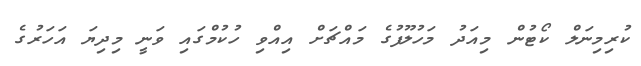
ކުރިމިނަލް ކޯޓުން މިއަދު މަހުލޫފުގެ މައްޗަށް އިއްވި ހުކުމްގައި ވަނީ މިދިޔަ އަހަރުގެ